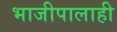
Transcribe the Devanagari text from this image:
भाजीपालाही